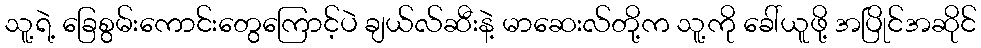
သူ့ရဲ့ ခြေစွမ်းကောင်းတွေကြောင့်ပဲ ချယ်လ်ဆီးနဲ့ မာဆေးလ်တို့က သူ့ကို ခေါ်ယူဖို့ အပြိုင်အဆိုင်